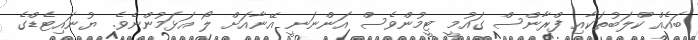
ބައެއް ކްލަބުތަކާއި ފްރާންސް ގައުމީ ޓީމުންވެސް އަންނަނީ އޭނާއަށް ލޯ އަޅަމުންނެވެ. ޔުނައިޓެޑްގެ